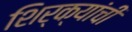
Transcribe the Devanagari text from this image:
शिर्क्यांची